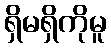
ရှိမရှိကိုမူ